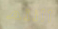
أأنتم